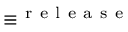
\equiv ^ { \mathrm { ~ r ~ e ~ l ~ e ~ a ~ s ~ e ~ } }